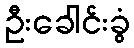
ဦးခေါင်းခွံ